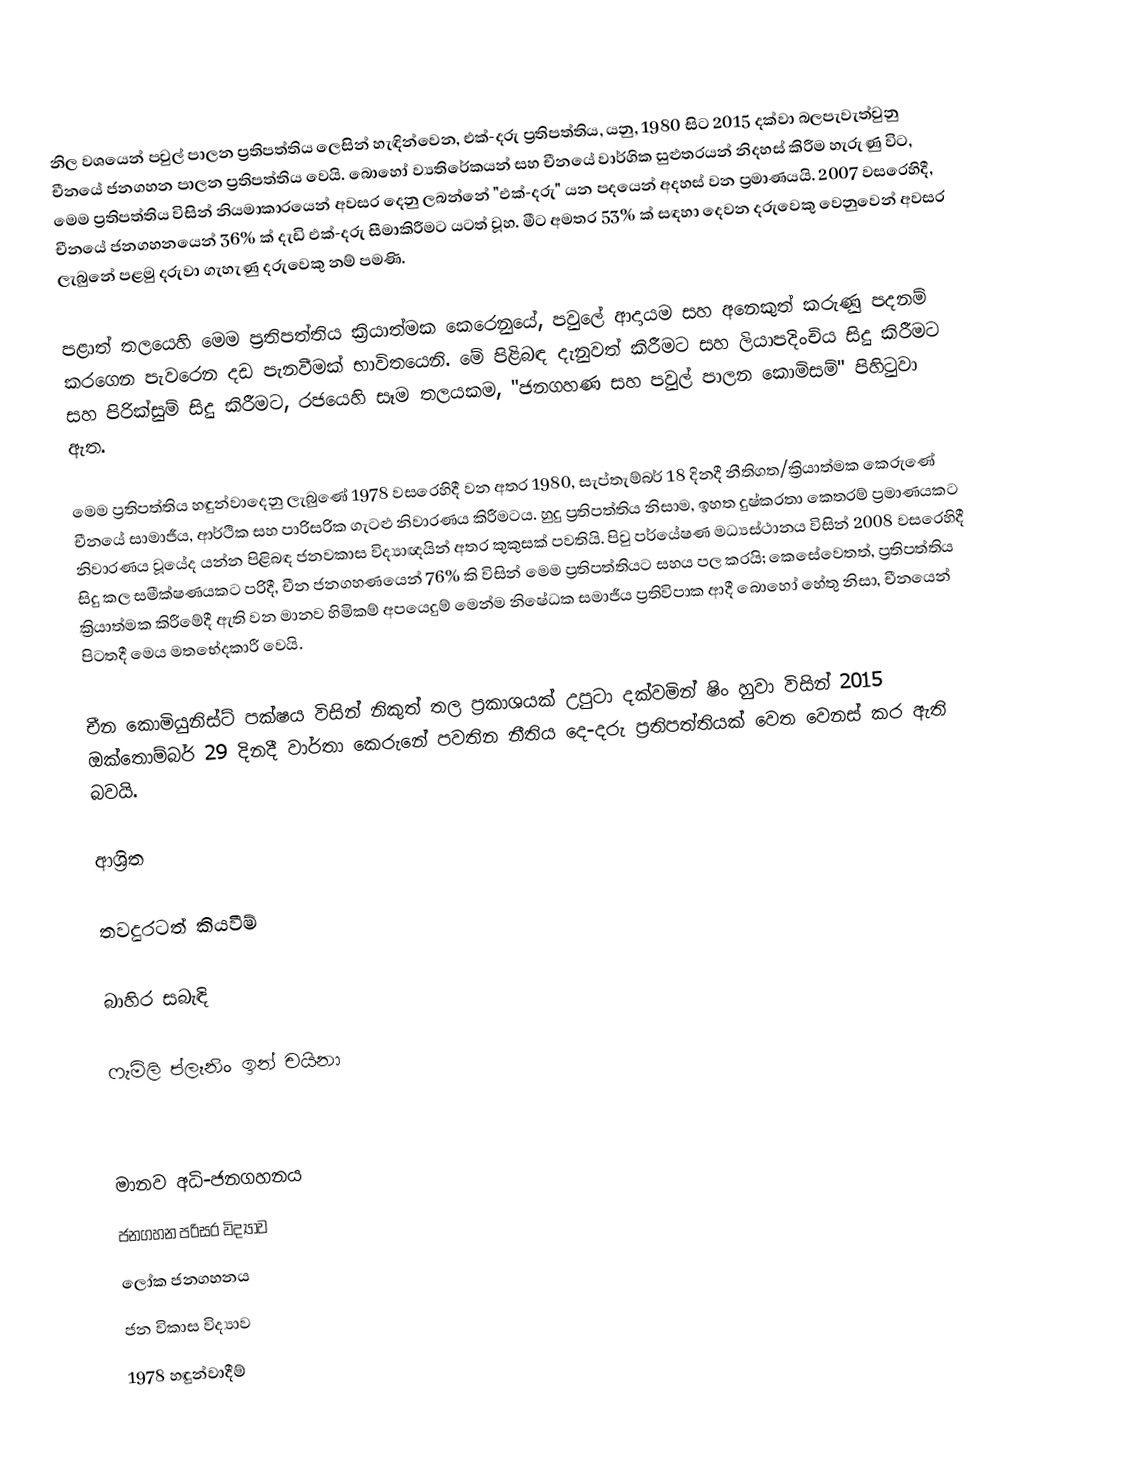
නිල වශයෙන් පවුල් පාලන ප්‍රතිපත්තිය ලෙසින් හැඳින්වෙන, එක්-දරු ප්‍රතිපත්තිය,  යනු,  1980 සිට 2015 දක්වා බලපැවැත්වුනු  චීනයේ ජනගහන පාලන ප්‍රතිපත්තිය වෙයි. බොහෝ ව්‍යතිරේකයන් සහ චීනයේ වාර්ගික සුළුතරයන් නිදහස් කිරීම හැරුණු විට, මෙම ප්‍රතිපත්තිය විසින් නියමාකාරයෙන් අවසර දෙනු ලබන්නේ  "එක්-දරු" යන පදයෙන් අදහස් වන ප්‍රමාණයයි. 2007 වසරෙහිදී,  චීනයේ ජනගහනයෙන් 36% ක්  දැඩි එක්-දරු සීමාකිරීමට යටත් වූහ. මීට අමතර 53% ක්  සඳහා දෙවන දරුවෙකු වෙනුවෙන් අවසර ලැබුනේ පළමු දරුවා ගැහැණු දරුවෙකු නම් පමණි.

පළාත් තලයෙහි මෙම ප්‍රතිපත්තිය ක්‍රියාත්මක කෙරෙනුයේ, පවුලේ ආදායම සහ අනෙකුත් කරුණු පදනම් කරගෙන පැවරෙන දඩ  පැනවීමක් භාවිතයෙනි. මේ පිළිබඳ දැනුවත් කිරීමට සහ ලියාපදිංචිය සිදු කිරීමට සහ පිරික්සුම් සිදු කිරීමට, රජයෙහි සෑම තලයකම, "ජනගහණ සහ පවුල් පාලන කොමිසම්"  පිහිටුවා ඇත.

මෙම ප්‍රතිපත්තිය හඳුන්වාදෙනු ලැබුණේ  1978 වසරෙහිදී වන අතර 1980, සැප්තැම්බර් 18 දිනදී නීතිගත/ක්‍රියාත්මක කෙරුණේ  චීනයේ සාමාජීය, ආර්ථික සහ   පාරිසරික ගැටළු නිවාරණය කිරීමටය.  හුදු ප්‍රතිපත්තිය නිසාම, ඉහත දුෂ්කරතා කෙතරම් ප්‍රමාණයකට නිවාරණය  වූයේද යන්න පිළිබඳ ජනවකාස විද්‍යාඥයින් අතර කුකුසක් පවතියි.   පිවු පර්යේෂණ මධ්‍යස්ථානය විසින් 2008 වසරෙහිදී සිදු කල සමීක්ෂණයකට පරිදී, චීන ජනගහණයෙන් 76% කි විසින් මෙම ප්‍රතිපත්තියට සහය පල කරයි; කෙසේවෙතත්, ප්‍රතිපත්තිය ක්‍රියාත්මක කිරීමේදී ඇති වන මානව හිමිකම් අපයෙදුම් මෙන්ම නිෂේධක සමාජීය  ප්‍රතිවිපාක ආදී  බොහෝ හේතු නිසා, චීනයෙන් පිටතදී මෙය මතභේදකාරී වෙයි.

චීන කොමියුනිස්ට් පක්ෂය විසින් නිකුත් තල ප්‍රකාශයක් උපුටා දක්වමින් ෂිං හුවා විසින් 2015 ඔක්තොම්බර් 29 දිනදී  වාර්තා කෙරුනේ පවතින නීතිය දෙ-දරු ප්‍රතිපත්තියක් වෙත වෙනස් කර ඇති බවයි.

ආශ්‍රිත

තවදුරටත් කියවීම්

බාහිර සබැඳි

 ෆැමිලි ප්ලෑනිං ඉන් චයිනා

මානව අධි-ජනගහනය
ජනගහන පරිසර විද්‍යාව
ලෝක ජනගහනය
ජන විකාස විද්‍යාව
1978 හඳුන්වාදීම්